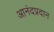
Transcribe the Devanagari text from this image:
आनंदप्रदान